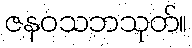
ဇနဝသဘသုတ်။